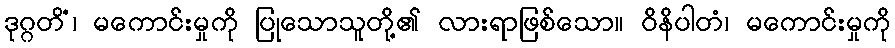
ဒုဂ္ဂတိံ၊ မကောင်းမှုကို ပြုသောသူတို့၏ လားရာဖြစ်သော။ ဝိနိပါတံ၊ မကောင်းမှုကို